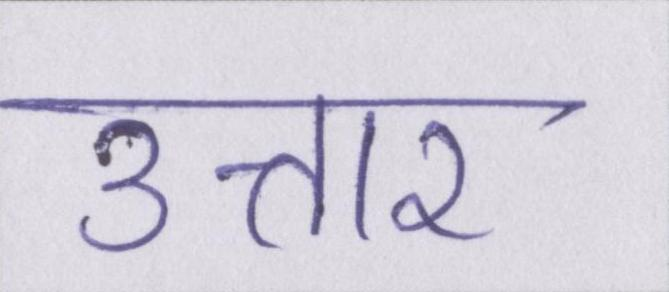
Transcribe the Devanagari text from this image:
उत्तार